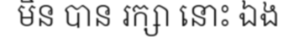
មិន បាន រក្សា នោះ ឯង